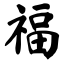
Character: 福